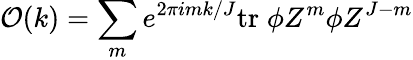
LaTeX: {\cal O}(k)=\sum_{m}e^{2\pi imk/J}\mathrm{tr}\; \phi Z^{m}\phi Z^{J-m}